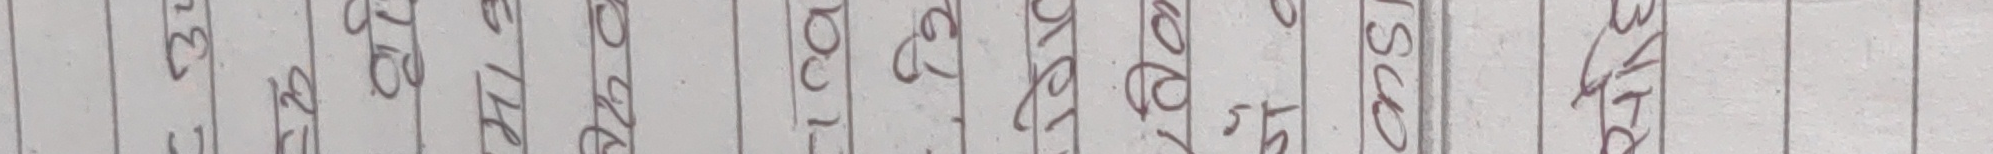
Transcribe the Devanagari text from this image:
म५२१९७६०५२३